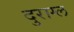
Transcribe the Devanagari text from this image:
दुराग्ल